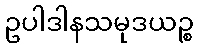
ဥပါဒါနသမုဒယဉ္စ